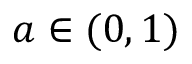
a \in ( 0 , 1 )